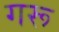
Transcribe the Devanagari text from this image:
गरू